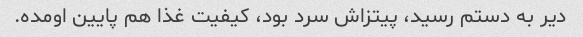
دیر به دستم رسید، پیتزاش سرد بود، کیفیت غذا هم پایین اومده.